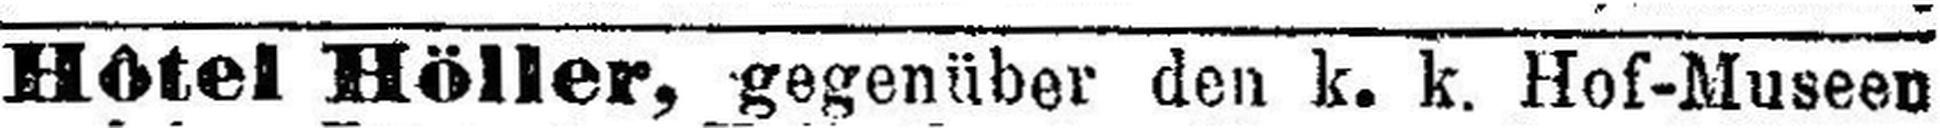
Hôtel Höller, gegenüber den k. k. Hof-Museen